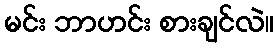
မင်း ဘာဟင်း စားချင်လဲ။